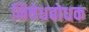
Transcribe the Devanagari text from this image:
निषेधबोधक